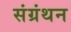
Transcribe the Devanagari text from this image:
संग्रंथन